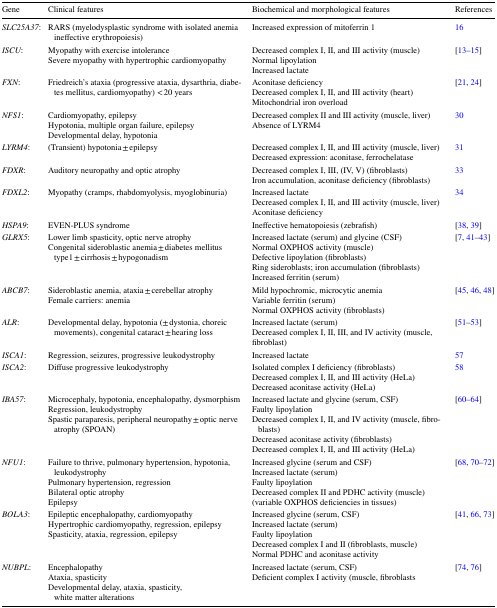
<table><thead><tr><td><b>Gene</b></td><td><b>Clinical features</b></td><td><b>Biochemical and morphological features</b></td><td><b>References</b></td></tr></thead><tbody><tr><td><i>SLC25A37</i>:</td><td>RARS (myelodysplastic syndrome with isolated anemia ineffective erythropoiesis)</td><td>Increased expression of mitoferrin 1</td><td>16</td></tr><tr><td><i>ISCU</i>:</td><td>Myopathy with exercise intoleranceSevere myopathy with hypertrophic cardiomyopathy</td><td>Decreased complex I, II, and III activity (muscle)Normal lipoylationIncreased lactate</td><td>[13–15]</td></tr><tr><td><i>FXN</i>:</td><td>Friedreich’s ataxia (progressive ataxia, dysarthria, diabetes mellitus, cardiomyopathy) &lt; 20 years</td><td>Aconitase deficiencyDecreased complex I, II, and III activity (heart)Mitochondrial iron overload</td><td>[21, 24]</td></tr><tr><td><i>NFS1</i>:</td><td>Cardiomyopathy, epilepsyHypotonia, multiple organ failure, epilepsyDevelopmental delay, hypotonia</td><td>Decreased complex II and III activity (muscle, liver)Absence of LYRM4</td><td>30</td></tr><tr><td><i>LYRM4</i>:</td><td>(Transient) hypotonia ± epilepsy</td><td>Decreased complex I, II, and III activity (muscle, liver)Decreased expression: aconitase, ferrochelatase</td><td>31</td></tr><tr><td><i>FDXR</i>:</td><td>Auditory neuropathy and optic atrophy</td><td>Decreased complex I, III, (IV, V) (fibroblasts)Iron accumulation, aconitase deficiency (fibroblasts)</td><td>33</td></tr><tr><td><i>FDXL2</i>:</td><td>Myopathy (cramps, rhabdomyolysis, myoglobinuria)</td><td>Increased lactateDecreased complex I, II, and III activity (muscle, liver)Aconitase deficiency</td><td>34</td></tr><tr><td><i>HSPA9</i>:</td><td>EVEN-PLUS syndrome</td><td>Ineffective hematopoiesis (zebrafish)</td><td>[38, 39]</td></tr><tr><td><i>GLRX5</i>:</td><td>Lower limb spasticity, optic nerve atrophyCongenital sideroblastic anemia ± diabetes mellitus type1 ± cirrhosis ± hypogonadism</td><td>Increased lactate (serum) and glycine (CSF)Normal OXPHOS activity (muscle)Defective lipoylation (fibroblasts)Ring sideroblasts; iron accumulation (fibroblasts)Increased ferritin (serum)</td><td>[7, 41–43]</td></tr><tr><td><i>ABCB7</i>:</td><td>Sideroblastic anemia, ataxia ± cerebellar atrophyFemale carriers: anemia</td><td>Mild hypochromic, microcytic anemiaVariable ferritin (serum)Normal OXPHOS activity (fibroblasts)</td><td>[45, 46, 48]</td></tr><tr><td><i>ALR</i>:</td><td>Developmental delay, hypotonia (± dystonia, choreic movements), congenital cataract ± hearing loss</td><td>Increased lactate (serum)Decreased complex I, II, III, and IV activity (muscle,fibroblast)</td><td>[51–53]</td></tr><tr><td><i>ISCA1</i>:</td><td>Regression, seizures, progressive leukodystrophy</td><td>Increased lactate</td><td>57</td></tr><tr><td><i>ISCA2</i>:</td><td>Diffuse progressive leukodystrophy</td><td>Isolated complex I deficiency (fibroblasts)Decreased complex I, II, and III activity (HeLa)Decreased aconitase activity (HeLa)</td><td>58</td></tr><tr><td><i>IBA57</i>:</td><td>Microcephaly, hypotonia, encephalopathy, dysmorphismRegression, leukodystrophySpastic paraparesis, peripheral neuropathy ± optic nerve atrophy (SPOAN)</td><td>Increased lactate and glycine (serum, CSF)Faulty lipoylationDecreased complex I, II, and IV activity (muscle, fibroblasts)Decreased aconitase activity (fibroblasts)Decreased complex I, II, and III activity (HeLa)</td><td>[60–64]</td></tr><tr><td><i>NFU1</i>:</td><td>Failure to thrive, pulmonary hypertension, hypotonia, leukodystrophyPulmonary hypertension, regressionBilateral optic atrophyEpilepsy</td><td>Increased glycine (serum and CSF)Increased lactate (serum)Faulty lipoylationDecreased complex II and PDHC activity (muscle)(variable OXPHOS deficiencies in tissues)</td><td>[68, 70–72]</td></tr><tr><td><i>BOLA3</i>:</td><td>Epileptic encephalopathy, cardiomyopathyHypertrophic cardiomyopathy, regression, epilepsySpasticity, ataxia, regression, epilepsy</td><td>Increased glycine (serum, CSF)Increased lactate (serum)Faulty lipoylationDecreased complex I and II (fibroblasts, muscle)Normal PDHC and aconitase activity</td><td>[41, 66, 73]</td></tr><tr><td><i>NUBPL</i>:</td><td>EncephalopathyAtaxia, spasticityDevelopmental delay, ataxia, spasticity, white matter alterations</td><td>Increased lactate (serum, CSF)Deficient complex I activity (muscle, fibroblasts</td><td>[74, 76]</td></tr></tbody></table>